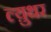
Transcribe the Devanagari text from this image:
ल्य़ुथर